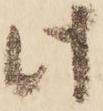
此